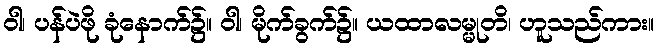
ဝါ၊ ပန်ပဲဖို ခုံနောက်၌။ ဝါ၊ မိုက်ခွက်၌။ ယထာလမ္မုတိ၊ ဟူသည်ကား။